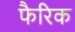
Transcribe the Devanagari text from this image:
फैरिक